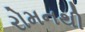
રોમનથી